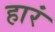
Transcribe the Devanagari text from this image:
हारं